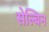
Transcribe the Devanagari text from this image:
सेल्बिन